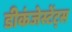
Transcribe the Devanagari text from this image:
डीकंजेस्टेंट्स